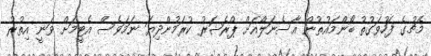
މެޗުގެ ފަހުވަގުތު ބޯންމައުތުން އާސެނަލްއަށް ޕްރެޝަރު ކުރަމުންދިޔަ ނަމަވެސް އެޓީމަށް ވަނީ އިތުރު